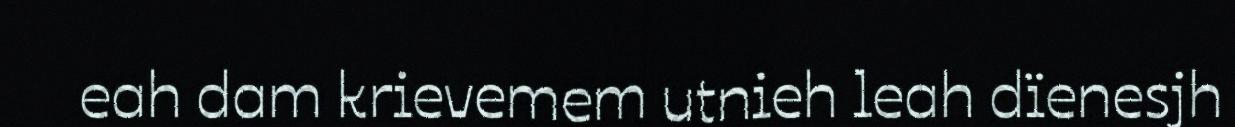
eah dam krievemem utnieh leah dïenesjh